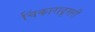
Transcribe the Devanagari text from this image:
चिंकारादूसरी